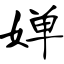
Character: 婵